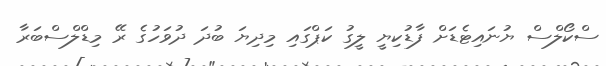
ސްކޯލްސް ޔުނައިޓެޑަށް ފާޑުކިޔީ ލީގު ކަޕްގައި މިދިޔަ ބުދަ ދުވަހުގެ ރޭ މިޑްލްސްބަރާ